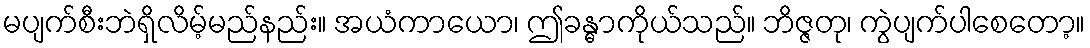
မပျက်စီးဘဲရှိလိမ့်မည်နည်း။ အယံကာယော၊ ဤခန္ဓာကိုယ်သည်။ ဘိဇ္ဇတု၊ ကွဲပျက်ပါစေတော့။